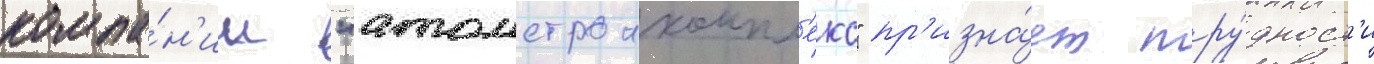
компа́н'ии "атомстроикомпл'екс" пр'изна́ет тру́дност'и